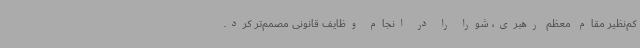
کم‌نظیر مقام معظم رهبری، شورا را در انجام وظایف قانونی مصمم‌تر کرد.